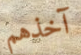
آخذهم